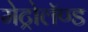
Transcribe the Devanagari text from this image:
मेट्रोलॅण्ड